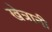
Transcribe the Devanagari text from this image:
खेत्रानी